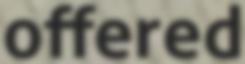
offered